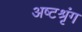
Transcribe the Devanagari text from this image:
अष्टश्रृंग